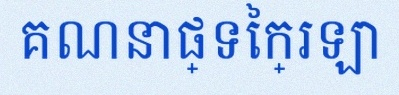
គណនាផ្ទៃក្រឡា